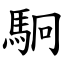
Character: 駉